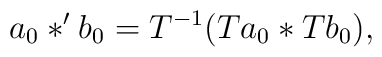
a_0*'b_0=T^{-1}(Ta_0*Tb_0),